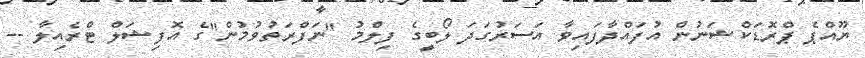
ޔޫއްޕެ ޕްރޮޑަކްޝަނުން އުފައްދާފައިވާ އަސަރުގަދަ ލޯބީގެ ފިލްމު "ނަފްރަތުވުމުން"ގެ އޮފިޝަލް ޓްރެއިލާ --